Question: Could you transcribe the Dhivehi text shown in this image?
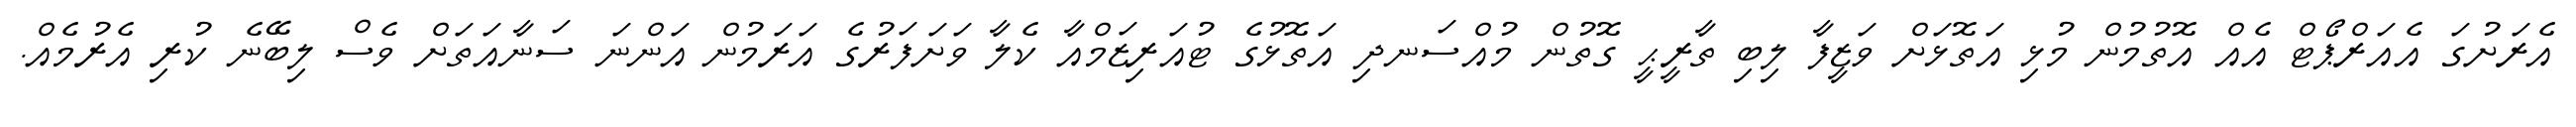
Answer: އެރަށުގަ އެއަރްޕޯޓް އެއް އޮތުމުން މުޅި އަތޮޅަށް ވަޒީފާ ލިބި ތާރީޙީ ގޮތުން މުއްސަނދި އަތޮޅުގެ ޓުއަރިޒަމްއާ ކެލާ ވަށަފަރުގެ އަރަމުން އަންނަ ސަނާއަތަށް ވެސް ލިބޭނެ ކުރި އެރުމެއް.